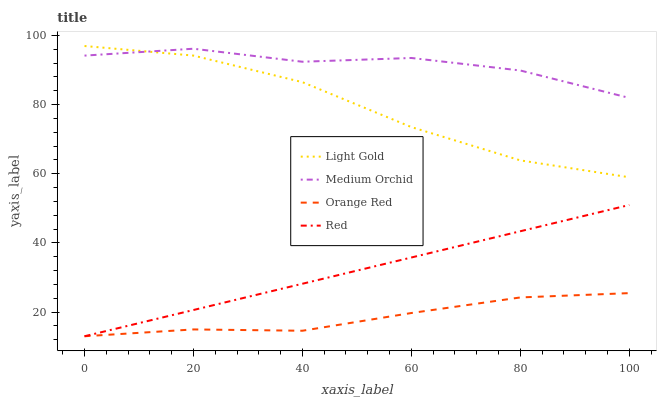
| xaxis_label | Light Gold | Medium Orchid | Orange Red | Red |
 | --- | --- | --- | --- | --- |
 | 0 | 96.9 | 94.2 | 13 | 13 |
 | 20 | 94.2 | 96.2 | 15 | 20.6 |
 | 40 | 86.5 | 92.4 | 14.6 | 28.2 |
 | 60 | 73.5 | 93.5 | 19.7 | 35.8 |
 | 80 | 63.9 | 89.9 | 24.2 | 43.4 |
 | 100 | 59 | 81.9 | 25.5 | 51 |